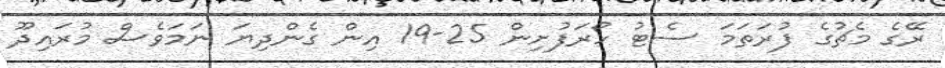
ރޭގެ މެޗުގެ ފުރަތަމަ ސެޓު ހޯރަފުށިން 25-19 އިން ގެންދިޔަ ނަމަވެސް މުރައިދޫ